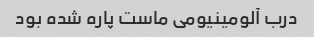
درب آلومینیومی ماست پاره شده بود